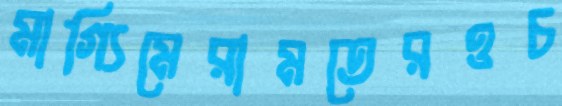
মাগ্যিমেরামতেরওচ